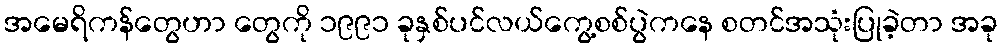
အမေရိကန်တွေဟာ တွေကို ၁၉၉၁ ခုနှစ်ပင်လယ်ကွေ့စစ်ပွဲကနေ စတင်အသုံးပြုခဲ့တာ အခု